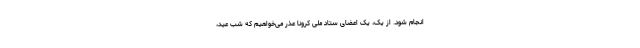
انجام شود. از یک، یک اعضای ستاد ملی کرونا عذر می‌خواهیم که شب عید،